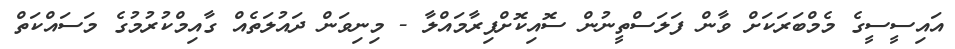
އައިސީސީގެ މެމްބަރަކަށް ވާން ފަލަސްތީނުން ސޮއިކޮށްފިރާމައްލާ - މިނިވަން ދައުލަތެއް ގާއިމްކުރުމުގެ މަސައްކަތް